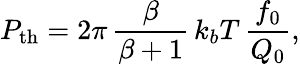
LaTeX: P_{\mathrm{th}}=2\pi\, \frac{\beta}{\beta+1}\, k_{b}T\, \frac{f_{0}}{Q_{0}},